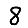
Digit: 8